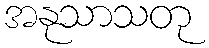
အနုသာသတု